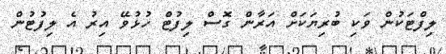
ލިފްޓަކުން ވަކި ބުރިޔަކަށް އަރާން ގޮސް ލިފުޓް ހުޅުވޭ އިރު އެ ލިފުޓުން